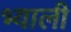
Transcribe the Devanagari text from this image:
भ्याली